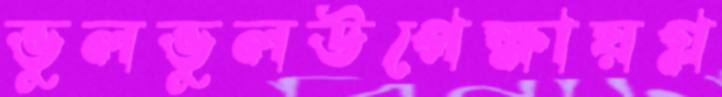
ভুলভুলউপেক্ষায়গ্ল